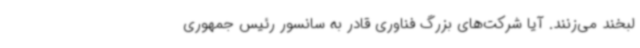
لبخند می‌زنند. آیا شرکت‌های بزرگ فناوری قادر به سانسور رئیس جمهوری